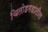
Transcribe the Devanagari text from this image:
चितोडगडातील